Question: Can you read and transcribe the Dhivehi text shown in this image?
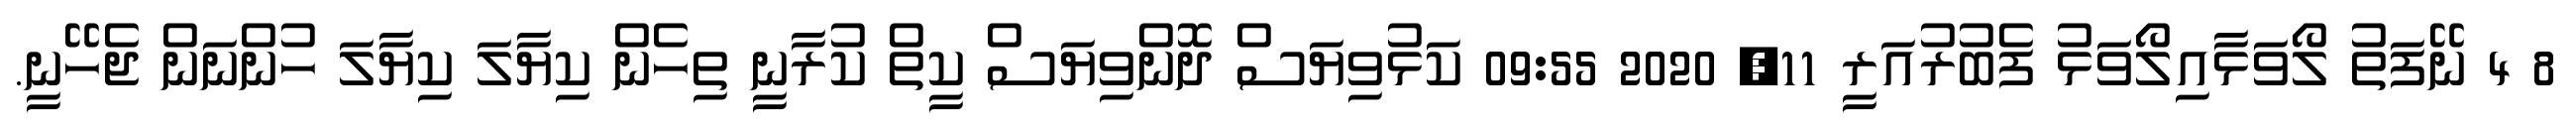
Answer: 8 4 ނޭފަތު ލޯވަޅާއިލޯވަޅު ފެބުރުއަރީ 11, 2020 09:55 ކަޅުވިޔަސް ދޮންވިޔަސް ކީތް ކުރާނީ ތިހެން ކިޔާލަ ކިޔާލަ ހުންނަން ޖެހޭނީ.